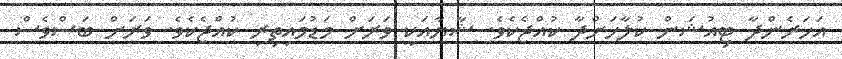
އަހަރެންދާ ޓިއުޝަން ކުލާހަށްދާ ކުއްޖެކެވެ. ޝާޔާއަކީ ވަރަށް މަޑުމައިތިރި ކުއްޖެކެވެ. ވަރަށް ބަސްވެސް